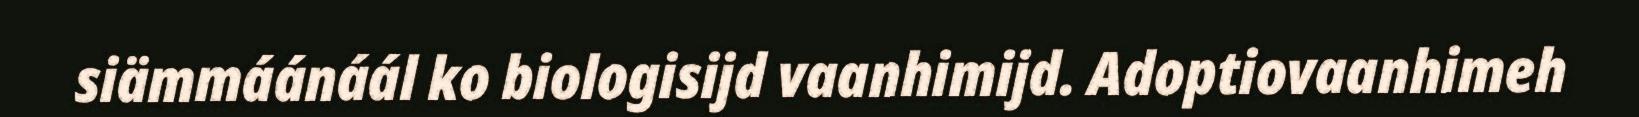
siämmáánáál ko biologisijd vaanhimijd. Adoptiovaanhimeh